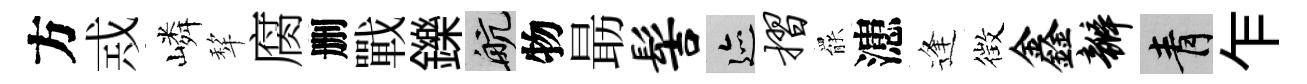
方𢦶嶙犂腐删戰鑠航物朂髻迹摺罷漶逢徴鑫瓣青乍